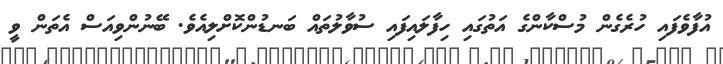
އުފާވެފައި ހުރެގެން މުސްކާންގެ އަތުގައި ހިފާލައިފައި ސުވާލުތައް ބަނޑުންކޮށްލިއެވެ. ބޭނުންވިއަސް އެތަން ވީ